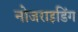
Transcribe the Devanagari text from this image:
नोजराइडिंग